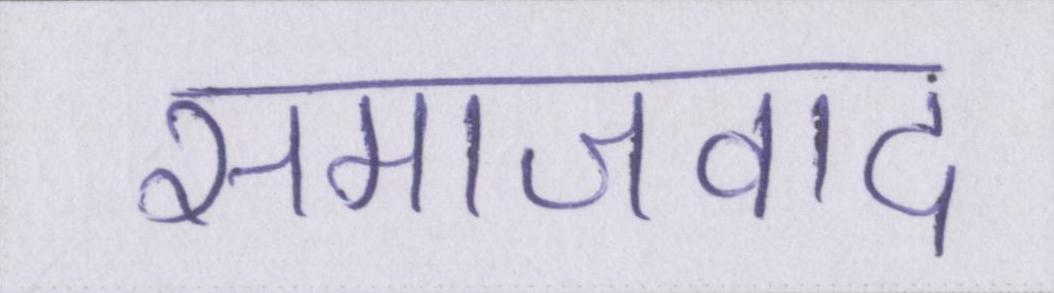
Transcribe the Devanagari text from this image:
समाजवाद